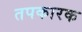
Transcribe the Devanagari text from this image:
तपकारक